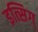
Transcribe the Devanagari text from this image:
इत्सिग्